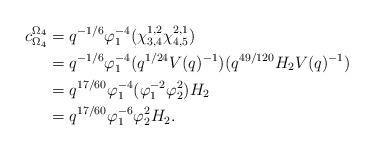
LaTeX: \begin{align*} c_{\Omega_4}^{\Omega_4} &= q^{-1/6}\varphi_1^{-4}(\chi_{3,4}^{1,2}\chi_{4,5}^{2,1})\\ &= q^{-1/6}\varphi_1^{-4}(q^{1/24}V(q)^{-1})(q^{49/120}H_2V(q)^{-1})\\ &= q^{17/60}\varphi_1^{-4}(\varphi_1^{-2}\varphi_2^2)H_2\\ &= q^{17/60}\varphi_1^{-6}\varphi_2^2H_2.\end{align*}